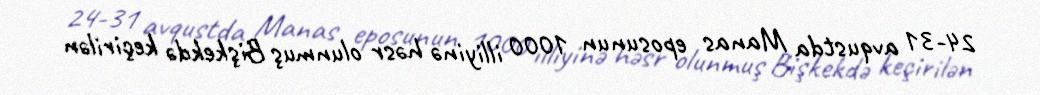
24-31 avqustda Manas eposunun 1000 illiyinə həsr olunmuş Bişkekdə keçirilən